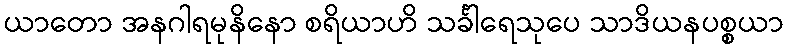
ယာတော အနဂါရမုနိနော စရိယာဟိ သင်္ခါရေသုပေ သာဒိယနပစ္စယာ